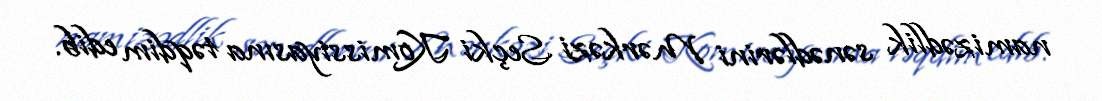
namizədlik sənədlərini Mərkəzi Seçki Komissiyasına təqdim edib.